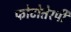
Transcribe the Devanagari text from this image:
फोटोतेरपी